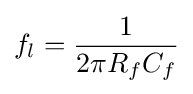
f_{l}={\frac {1}{2\pi R_{f}C_{f}}}